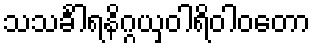
သသင်္ခါရနိဂ္ဂယှဝါရိဝါဝတော